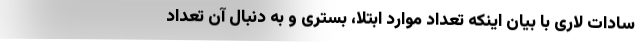
سادات لاری با بیان اینکه تعداد موارد ابتلا، بستری و به دنبال آن تعداد